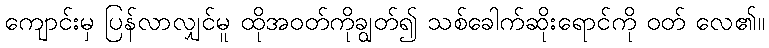
ကျောင်းမှ ပြန်လာလျှင်မူ ထိုအဝတ်ကိုချွတ်၍ သစ်ခေါက်ဆိုးရောင်ကို ဝတ် လေ၏။